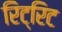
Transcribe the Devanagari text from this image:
रिट्रिट